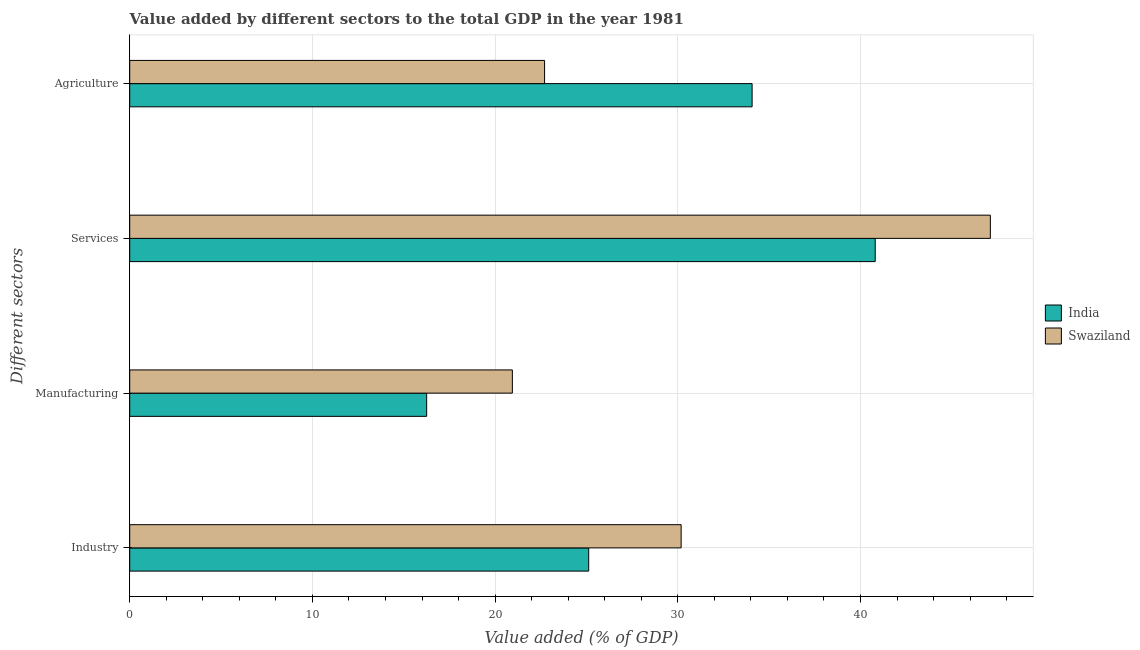
| Different sectors | India | Swaziland |
 | --- | --- | --- |
 | Industry | 25.1 | 30.2 |
 | Manufacturing | 16.3 | 20.9 |
 | Services | 40.8 | 47.1 |
 | Agriculture | 34.1 | 22.7 |